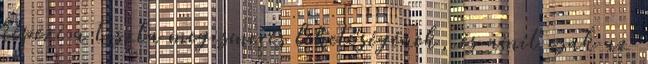
képezi a tiszta megismerés lehetőségének, és amit csak az